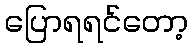
ပြောရရင်တော့